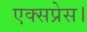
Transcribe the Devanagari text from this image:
एक्‍सप्रेस।